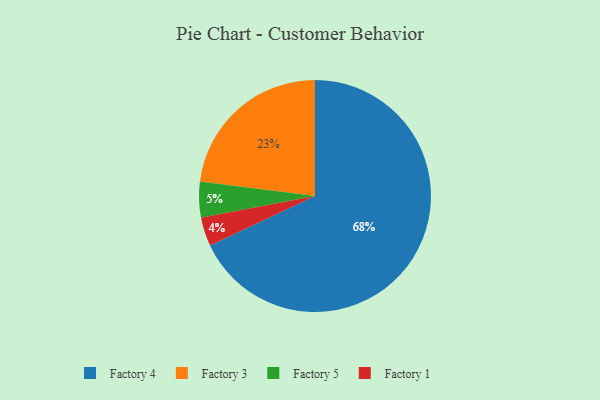
{"axis": {"x": "Category", "y": "Percentage"}, "legend": ["Factory 1", "Factory 3", "Factory 4", "Factory 5"], "data": [{"x": "Factory 4", "y": 68, "type": "Factory 4"}, {"x": "Factory 3", "y": 23, "type": "Factory 3"}, {"x": "Factory 1", "y": 4, "type": "Factory 1"}, {"x": "Factory 5", "y": 5, "type": "Factory 5"}]}